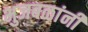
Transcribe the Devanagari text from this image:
भुजबळांनी